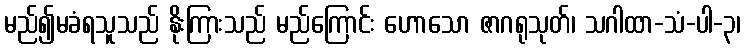
မည်၍မခံရသူသည် နိုးကြားသည် မည်ကြောင်း ဟောသော ဇာဂရုသုတ်၊ သဂါထာ-သံ-ပါ-၃၊